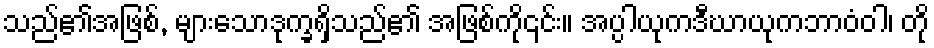
သည်၏အဖြစ်, များသောဒုက္ခရှိသည်၏ အဖြစ်ကို၎င်း။ အပ္ပါယုကဒီဃာယုကဘာဝံဝါ၊ တို